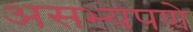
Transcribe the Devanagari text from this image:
असभ्यपणे